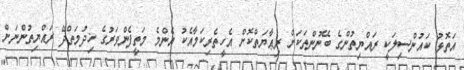
އަތޮޅު ކައުންސިލަކީ ރައްޔިތުންގެ ބޭނުންތަކަށް ރިޢާޔަތްކޮށް އެހީތެރިކަމާއެކު އެންމެ މަތީފެންވަރުގެ ޚިދުމަތްދޭ ރައްޔިތުންނަށް